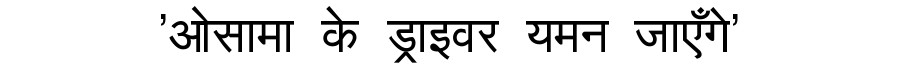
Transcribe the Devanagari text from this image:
'ओसामा के ड्राइवर यमन जाएँगे'